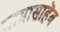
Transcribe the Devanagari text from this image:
मामासाहॆब